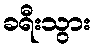
ခရီးသွား